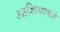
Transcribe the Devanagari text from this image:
आशियाकडे